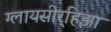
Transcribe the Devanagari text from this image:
ग्लायसीर्‍हिझा